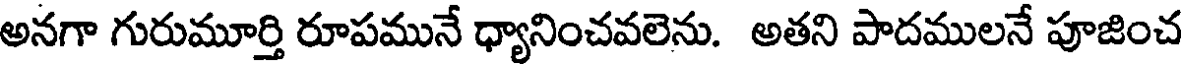
అనగా గురుమూర్తి రూపమునే ధ్యానించవలెను. అతని పాదములనే పూజించ